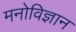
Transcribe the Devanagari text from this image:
मनोविज्ञान